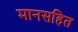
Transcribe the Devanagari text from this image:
मानसहित